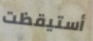
أستيقظت